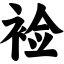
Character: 裣